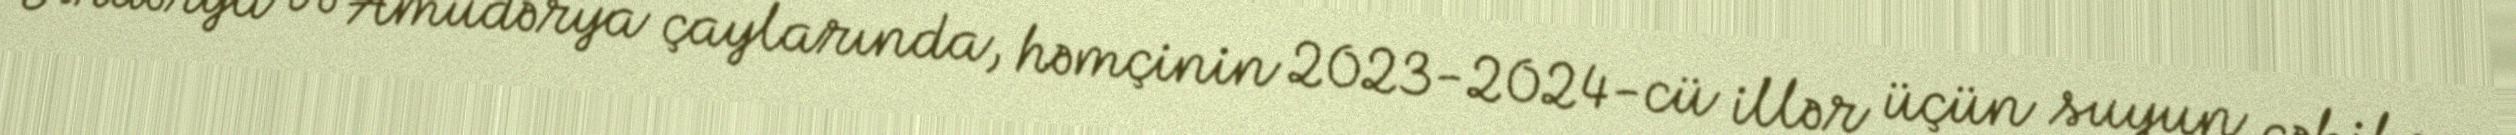
Sırdərya və Amudərya çaylarında, həmçinin 2023-2024-cü illər üçün suyun çəkilmə